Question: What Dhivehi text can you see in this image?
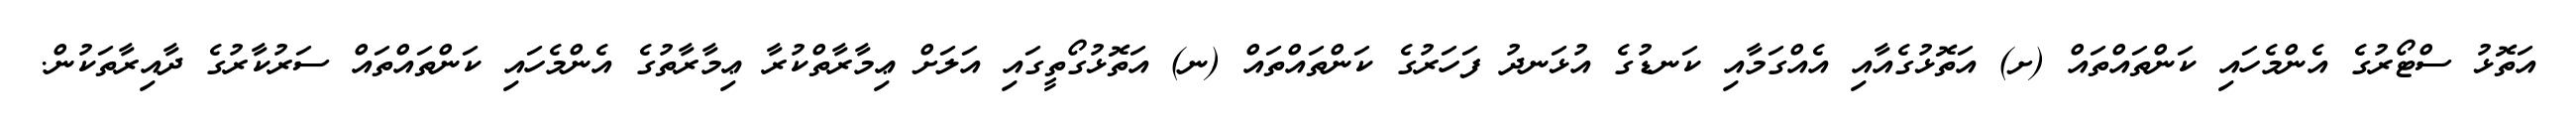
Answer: އަތޮޅު ސްޓޯރުގެ އެންމެހައި ކަންތައްތައް (ށ) އަތޮޅުގެއާއި އެއްގަމާއި ކަނޑުގެ އުޅަނދު ފަހަރުގެ ކަންތައްތައް (ނ) އަތޮޅުގޯތީގައި އަލަށް ޢިމާރާތްކުރާ ޢިމާރާތުގެ އެންމެހައި ކަންތައްތައް ސަރުކާރުގެ ދާއިރާތަކުން.